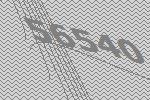
56540